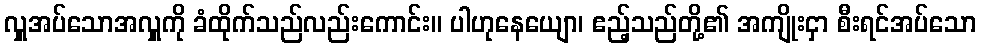
လှူအပ်သောအလှူကို ခံထိုက်သည်လည်းကောင်း။ ပါဟုနေယျော၊ ဧည့်သည်တို့၏ အကျိုးငှာ စီးရင်အပ်သော